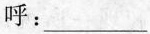
呼：__________